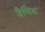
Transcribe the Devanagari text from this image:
वैश्विक